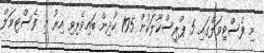
މި ފެސްޓިވަލްގައި 5 ޕްރީސްކޫލަކުން 195 ކުދިން ބައިވެރިވި އިރު މި ފެސްޓިވަލް